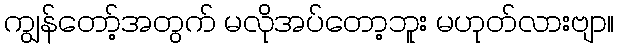
ကျွန်တော့်အတွက် မလိုအပ်တော့ဘူး မဟုတ်လားဗျာ။